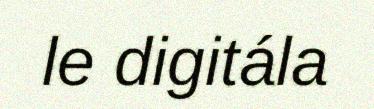
le digitála